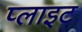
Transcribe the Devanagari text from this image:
प्लाइट